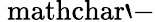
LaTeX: \mathrm{\ mathchar`-}